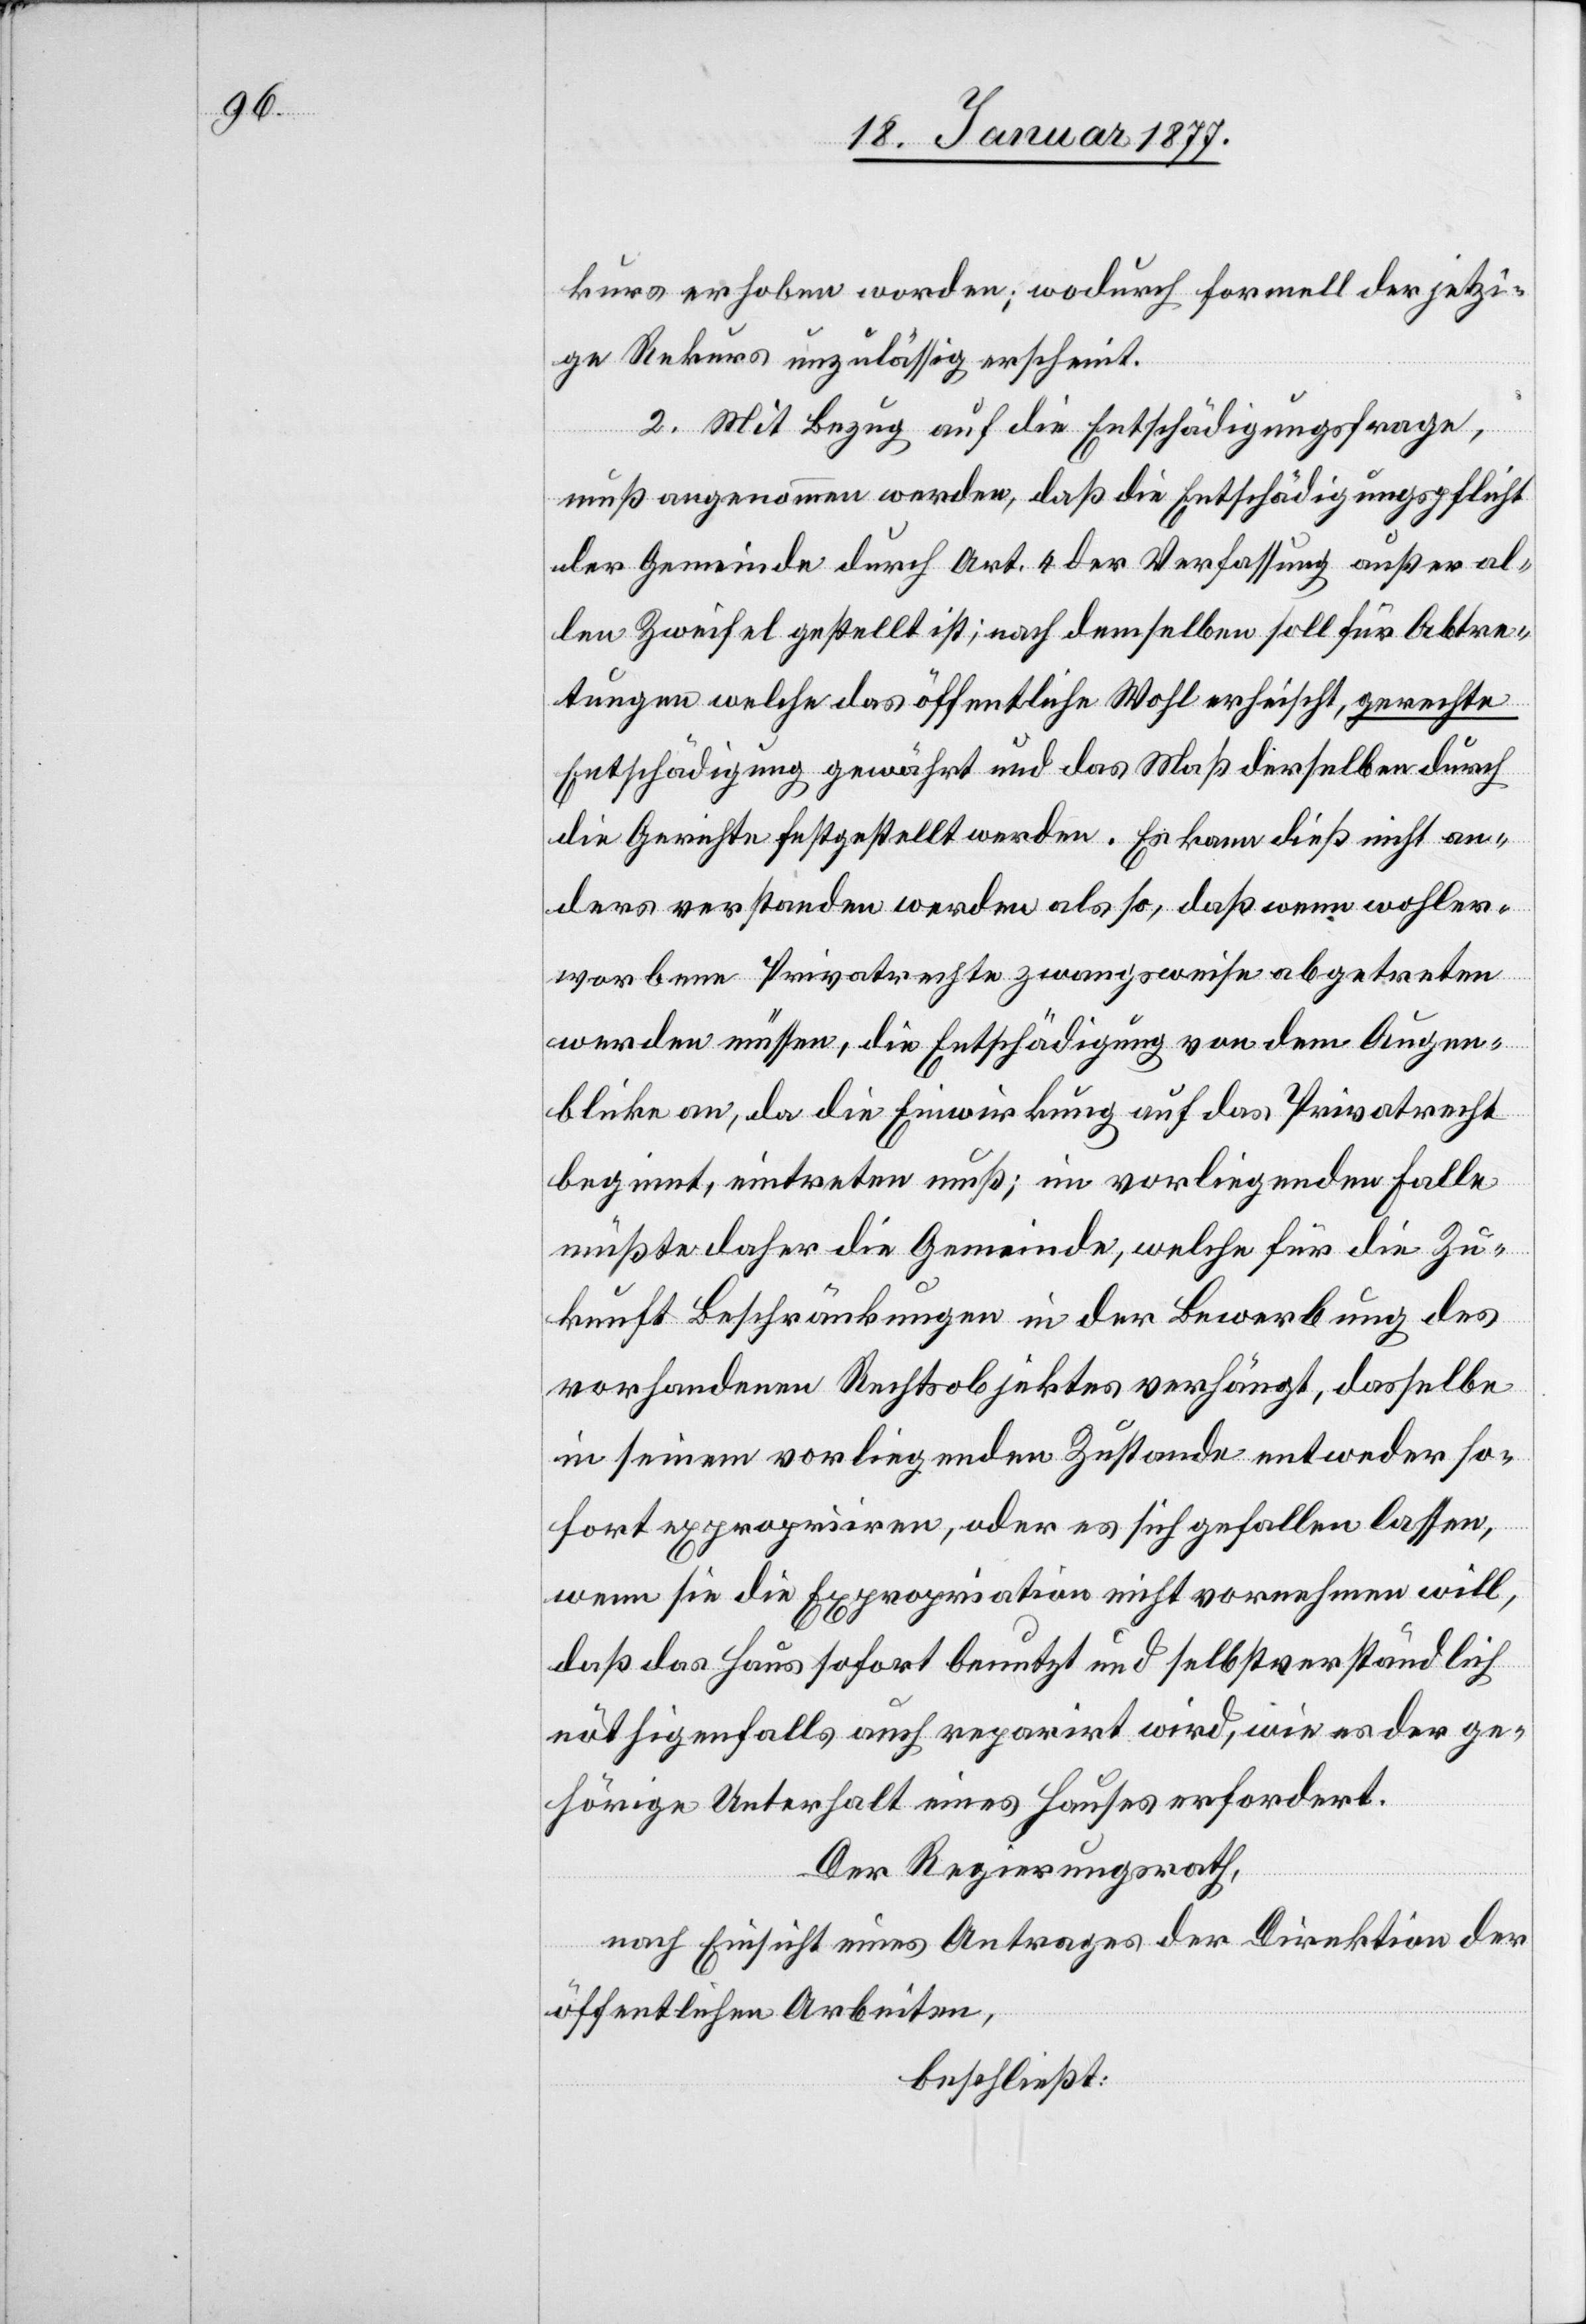
kurs erhoben worden; wodurch formell der jetzi¬
ge Rekurs unzulässig erscheint.
2. Mit Bezug auf die Entschädigungsfrage,
muß angenommen werden, daß die Entschädigungspflicht
der Gemeinde durch Art. 4 der Verfassung außer al¬
len Zweifel gestellt ist; nach demselben soll für Abtre¬
tungen welche das öffentliche Wohl erheischt, gerechte
Entschädigung gewährt und das Maß derselben durch
die Gerichte festgestellt werden. Es kann dieß nicht an¬
ders verstanden werden als so, daß wenn wohler¬
worbene Privatrechte zwangsweise abgetreten
werden müssen, die Entschädigung von dem Augen¬
blicke an, da die Einwirkung auf das Privatrecht
beginnt, eintreten muß; im vorliegenden Falle
müßte daher die Gemeinde, welche für die Zu¬
kunft Beschränkungen in der Bewerbung des
vorhandenen Rechtsobjektes verhängt, dasselbe
in seinem vorliegenden Zustande entweder so¬
fort expropriiren, oder es sich gefallen lassen,
wenn sie die Expropriation nicht vornehmen will,
daß das Haus sofort benutzt und selbstverständlich
nöthigenfalls auch reparirt wird, wie es der ge¬
hörige Unterhalt eines Hauses erfordert.
Der Regierungsrath,
nach Einsicht eines Antrages der Direktion der
öffentlichen Arbeiten,
beschließt: